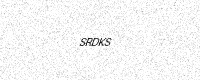
Text: SRDKS